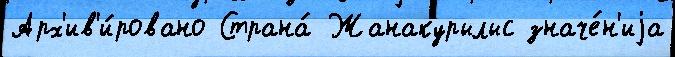
Арх'ив'и́ровано Страна́ Жанакурылыс значе́н'иjа